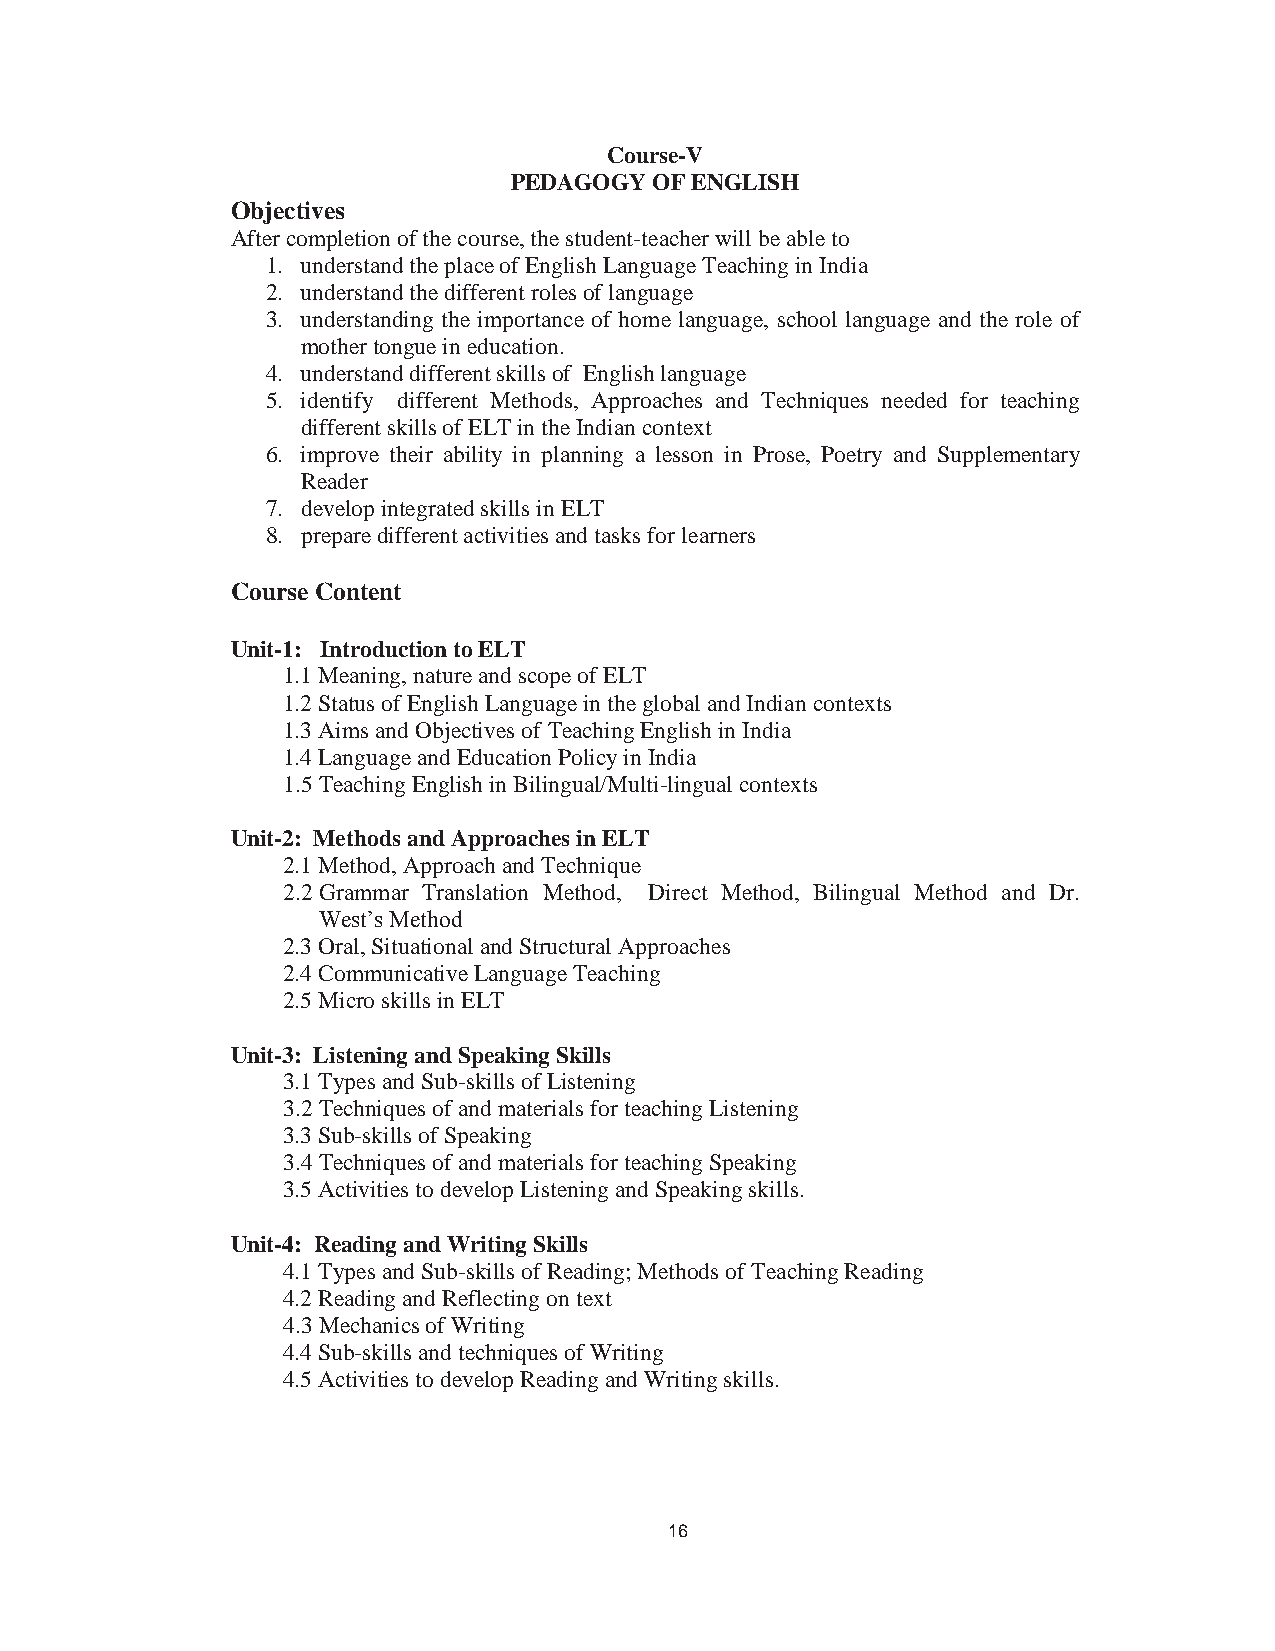
18
 Course-V
 PEDAGOGY OF ENGLISH
 Objectives
 After completion of the course, the student-teacher will be able to
 1. understand the place of English Language Teaching in India
 2. understand the different roles of language
 3. understanding the importance of home language, school language and the role of
 mother tongue in education.
 4. understand different skills of English language
 5. identify different Methods, Approaches and Techniques needed for teaching
 different skills of ELT in the Indian context
 6. improve their ability in planning a lesson in Prose, Poetry and Supplementary
 Reader
 7. develop integrated skills in ELT
 8. prepare different activities and tasks for learners
 Course Content
 Unit-1: Introduction to ELT
 1.1Meaning, nature and scope of ELT
 1.2Status of English Language in the global and Indian contexts
 1.3Aims and Objectives of Teaching English in India
 1.4Language and Education Policy in India
 1.5Teaching English in Bilingual/Multi-lingual contexts
 Unit-2: Methods and Approaches in ELT
 2.1Method, Approach and Technique
 2.2Grammar Translation Method, Direct Method, Bilingual Method and Dr.
 West’s Method
 2.3Oral, Situational and Structural Approaches
 2.4Communicative Language Teaching
 2.5Micro skills in ELT
 Unit-3: Listening and Speaking Skills
 3.1Types and Sub-skills of Listening
 3.2Techniques of and materials for teaching Listening
 3.3Sub-skills of Speaking
 3.4Techniques of and materials for teaching Speaking
 3.5Activities to develop Listening and Speaking skills.
 Unit-4: Reading and Writing Skills
 4.1Types and Sub-skills of Reading; Methods of Teaching Reading
 4.2Reading and Reflecting on text
 4.3Mechanics of Writing
 4.4Sub-skills and techniques of Writing
 4.5Activities to develop Reading and Writing skills.
 16